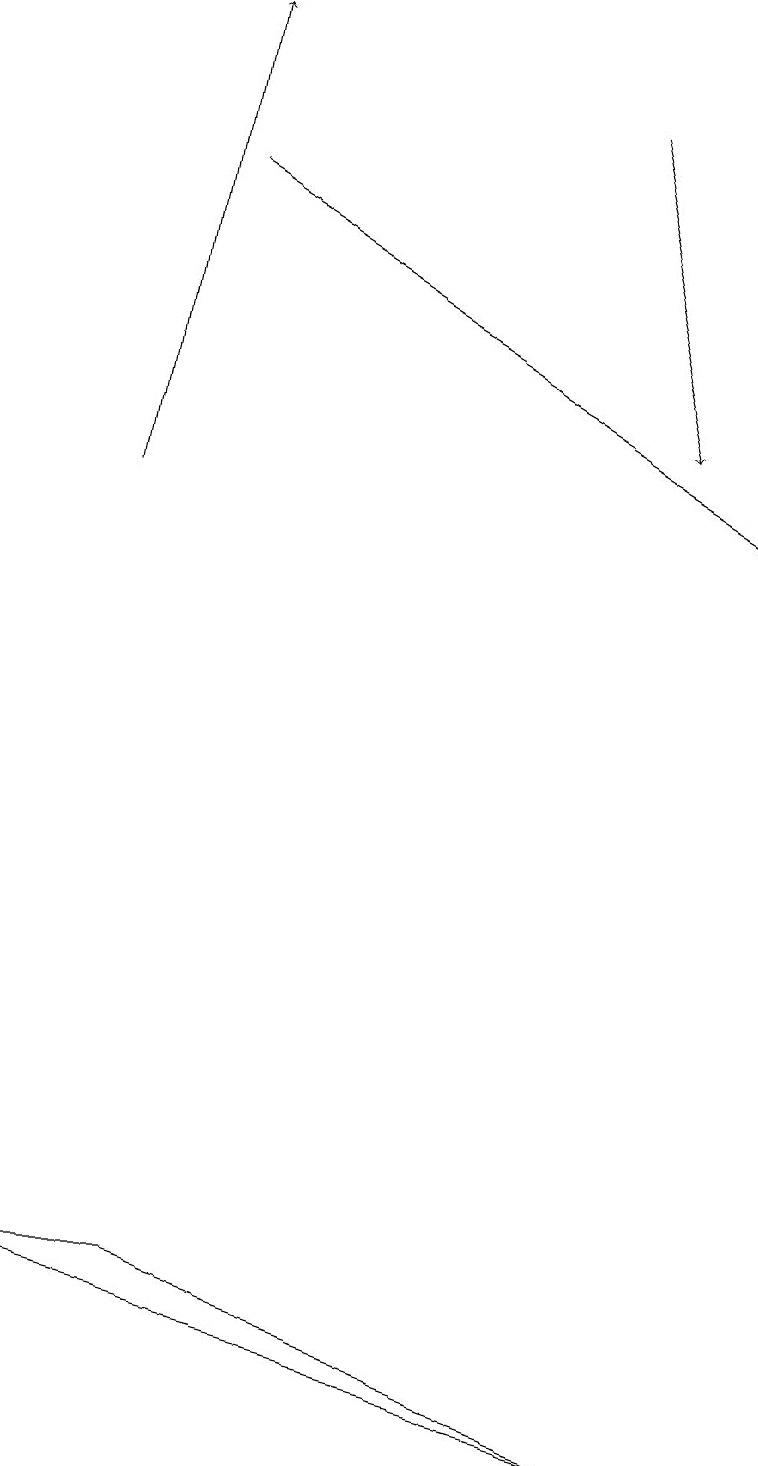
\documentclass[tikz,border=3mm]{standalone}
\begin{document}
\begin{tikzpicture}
\draw[->] (1,12) -- (2,18);
\draw[->] (7,17) -- (8,13);
\draw (8,0) -- (0,2) -- (2,2) -- cycle;
\draw[->] (2,16) -- (9,12);
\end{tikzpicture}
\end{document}